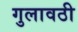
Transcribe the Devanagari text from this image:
गुलावठी